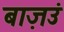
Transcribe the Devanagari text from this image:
बाज़उं